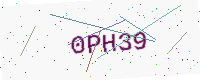
Text: 0PH39